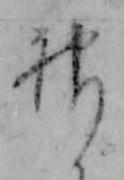
神